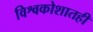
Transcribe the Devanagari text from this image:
विश्वकोशातही